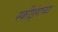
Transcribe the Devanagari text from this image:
स्कीइंगच्या